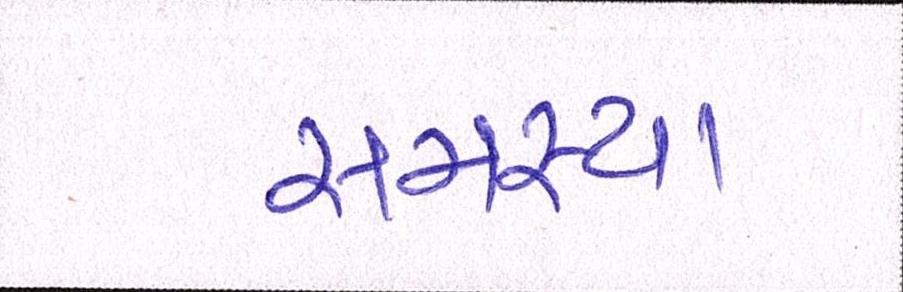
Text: સમસ્યા